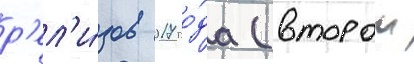
р'ел'и́зов 2017 го́да (второи